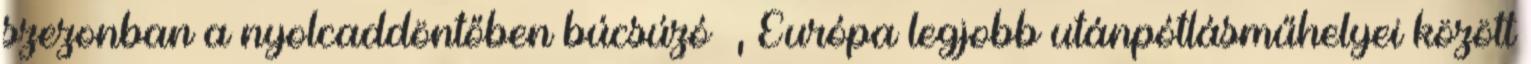
szezonban a nyolcaddöntőben búcsúzó –, Európa legjobb utánpótlásműhelyei között